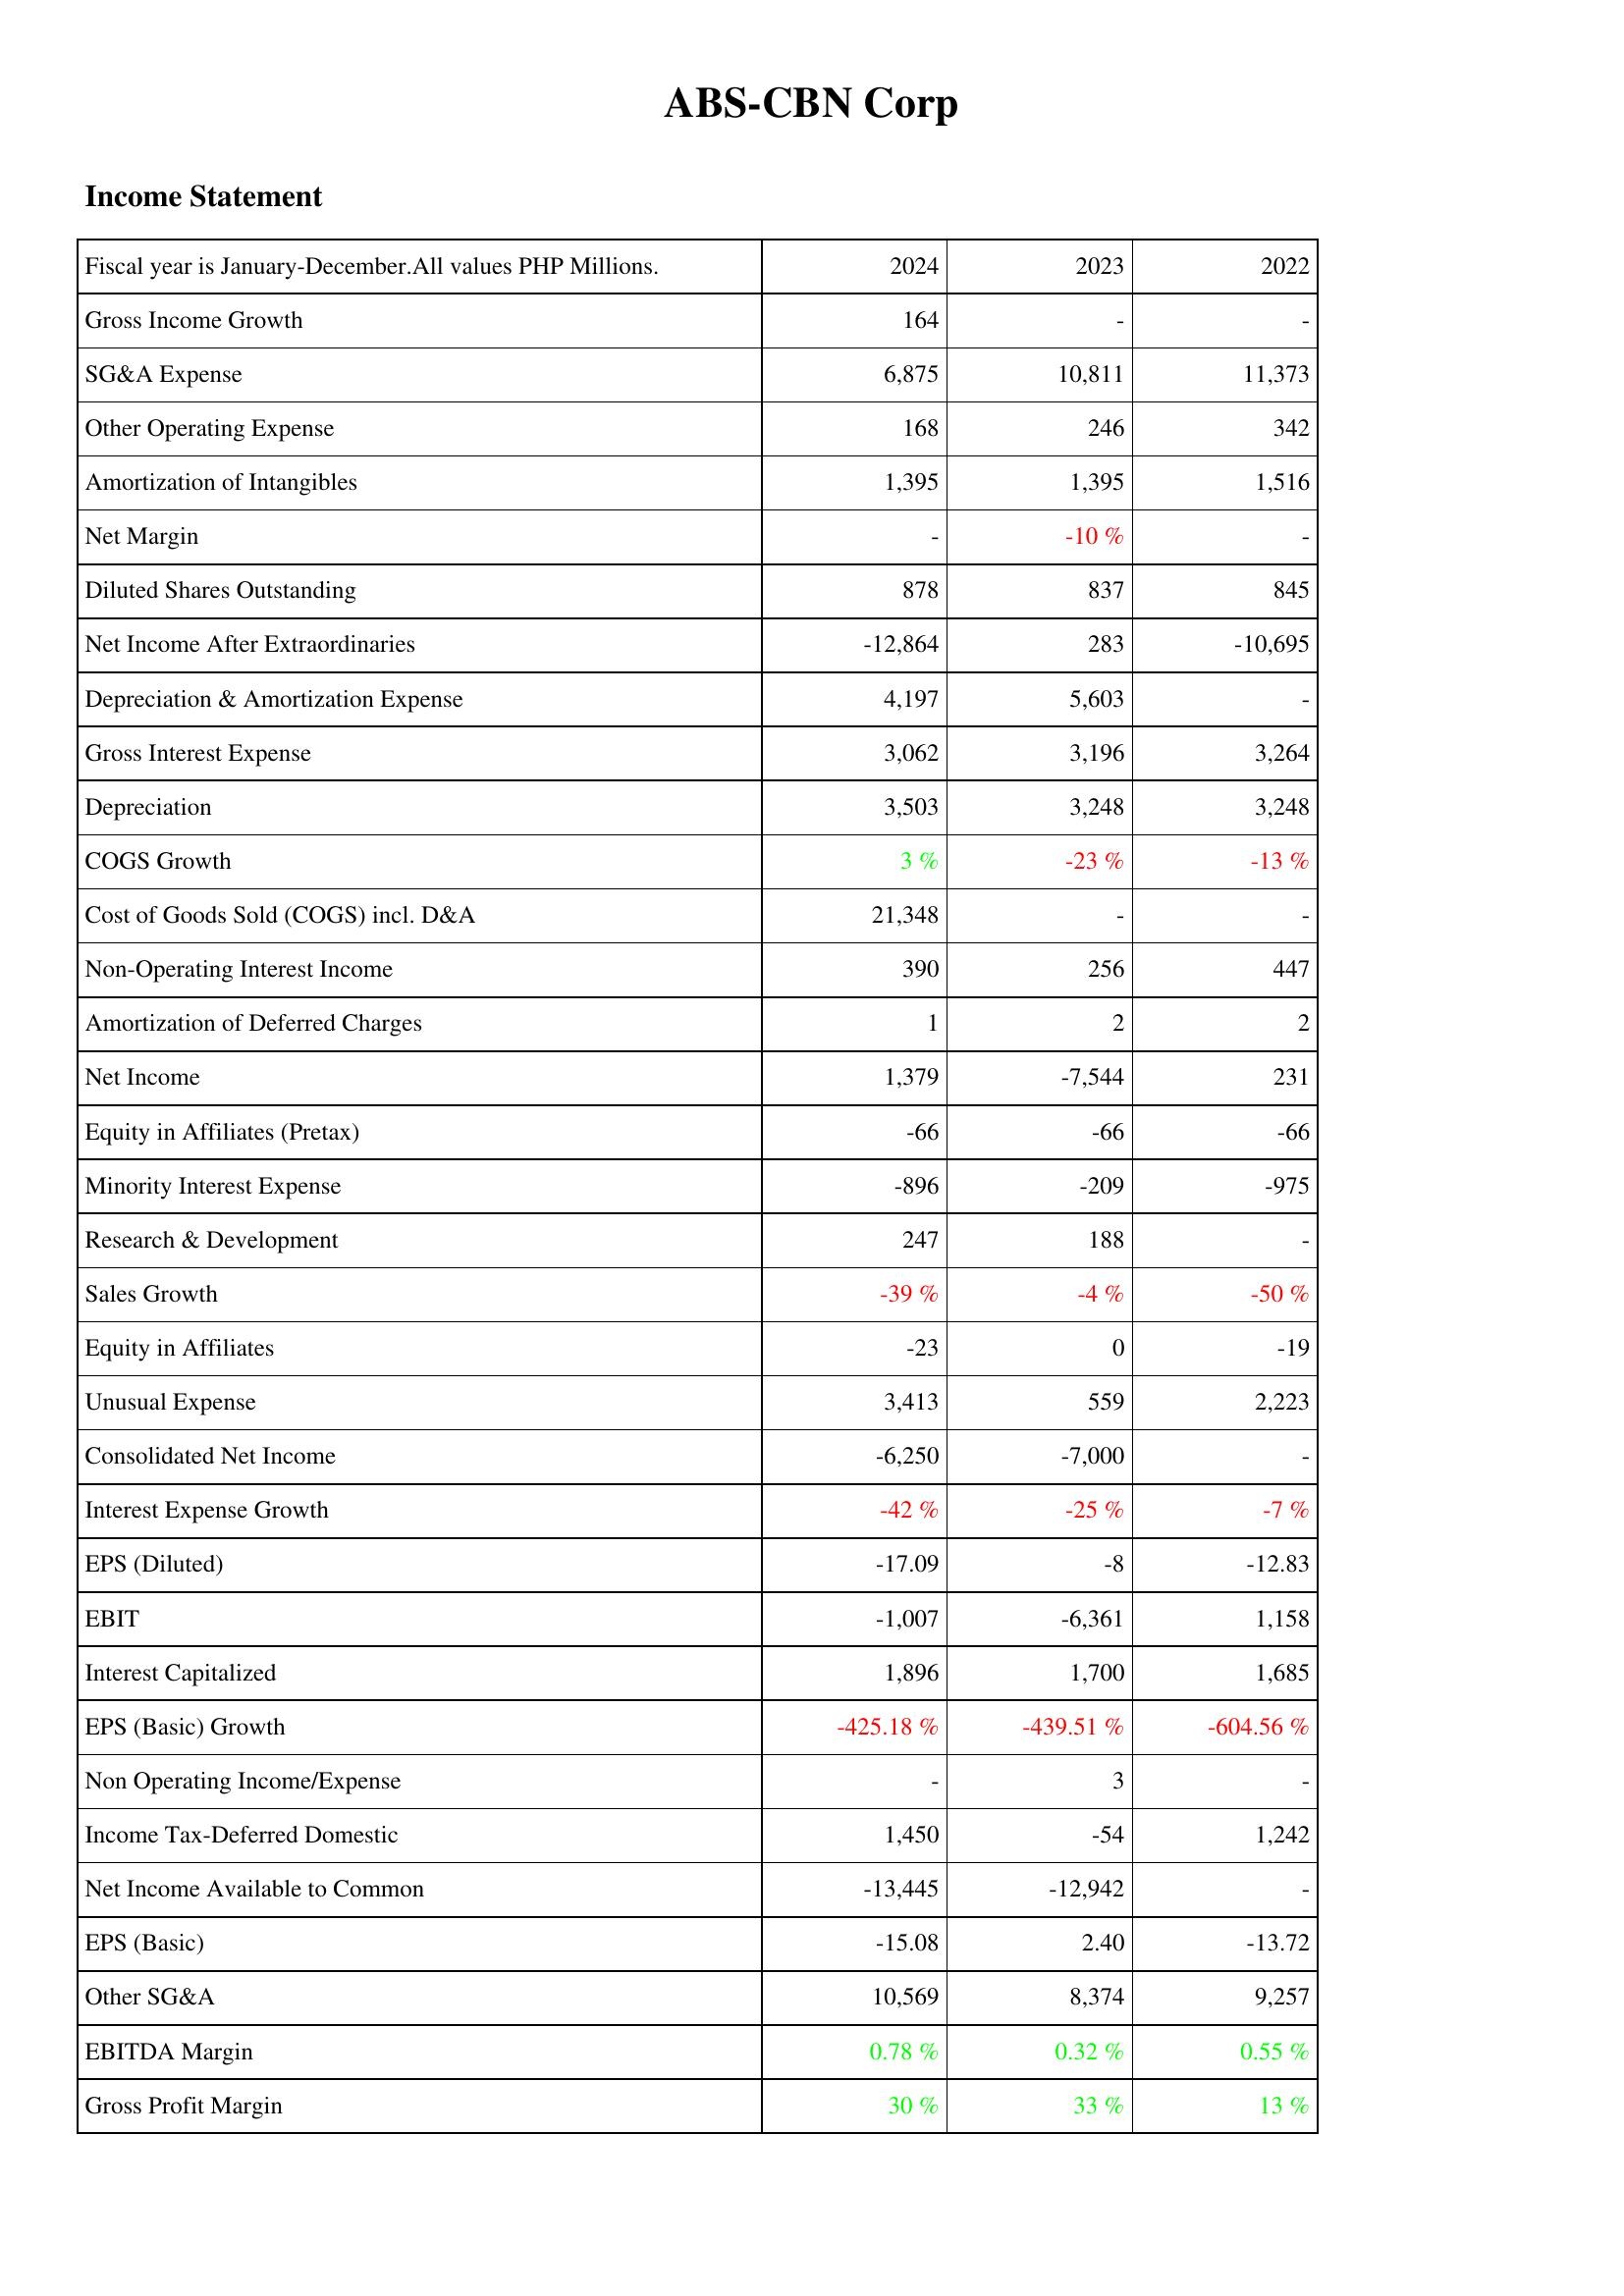
2024: Income Statement: Gross Income Growth: 164
SG&A Expense: 6,875
Other Operating Expense: 168
Amortization of Intangibles: 1,395
Net Margin: -
Diluted Shares Outstanding: 878
Net Income After Extraordinaries: -12,864
Depreciation & Amortization Expense: 4,197
Gross Interest Expense: 3,062
Depreciation: 3,503
COGS Growth: 3 %
Cost of Goods Sold (COGS) incl. D&A: 21,348
Non-Operating Interest Income: 390
Amortization of Deferred Charges: 1
Net Income: 1,379
Equity in Affiliates (Pretax): -66
Minority Interest Expense: -896
Research & Development: 247
Sales Growth: -39 %
Equity in Affiliates: -23
Unusual Expense: 3,413
Consolidated Net Income: -6,250
Interest Expense Growth: -42 %
EPS (Diluted): -17.09
EBIT: -1,007
Interest Capitalized: 1,896
EPS (Basic) Growth: -425.18 %
Non Operating Income/Expense: -
Income Tax-Deferred Domestic: 1,450
Net Income Available to Common: -13,445
EPS (Basic): -15.08
Other SG&A: 10,569
EBITDA Margin: 0.78 %
Gross Profit Margin: 30 %
2023: Income Statement: Gross Income Growth: -
SG&A Expense: 10,811
Other Operating Expense: 246
Amortization of Intangibles: 1,395
Net Margin: -10 %
Diluted Shares Outstanding: 837
Net Income After Extraordinaries: 283
Depreciation & Amortization Expense: 5,603
Gross Interest Expense: 3,196
Depreciation: 3,248
COGS Growth: -23 %
Cost of Goods Sold (COGS) incl. D&A: -
Non-Operating Interest Income: 256
Amortization of Deferred Charges: 2
Net Income: -7,544
Equity in Affiliates (Pretax): -66
Minority Interest Expense: -209
Research & Development: 188
Sales Growth: -4 %
Equity in Affiliates: 0
Unusual Expense: 559
Consolidated Net Income: -7,000
Interest Expense Growth: -25 %
EPS (Diluted): -8
EBIT: -6,361
Interest Capitalized: 1,700
EPS (Basic) Growth: -439.51 %
Non Operating Income/Expense: 3
Income Tax-Deferred Domestic: -54
Net Income Available to Common: -12,942
EPS (Basic): 2.40
Other SG&A: 8,374
EBITDA Margin: 0.32 %
Gross Profit Margin: 33 %
2022: Income Statement: Gross Income Growth: -
SG&A Expense: 11,373
Other Operating Expense: 342
Amortization of Intangibles: 1,516
Net Margin: -
Diluted Shares Outstanding: 845
Net Income After Extraordinaries: -10,695
Depreciation & Amortization Expense: -
Gross Interest Expense: 3,264
Depreciation: 3,248
COGS Growth: -13 %
Cost of Goods Sold (COGS) incl. D&A: -
Non-Operating Interest Income: 447
Amortization of Deferred Charges: 2
Net Income: 231
Equity in Affiliates (Pretax): -66
Minority Interest Expense: -975
Research & Development: -
Sales Growth: -50 %
Equity in Affiliates: -19
Unusual Expense: 2,223
Consolidated Net Income: -
Interest Expense Growth: -7 %
EPS (Diluted): -12.83
EBIT: 1,158
Interest Capitalized: 1,685
EPS (Basic) Growth: -604.56 %
Non Operating Income/Expense: -
Income Tax-Deferred Domestic: 1,242
Net Income Available to Common: -
EPS (Basic): -13.72
Other SG&A: 9,257
EBITDA Margin: 0.55 %
Gross Profit Margin: 13 %